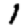
Digit: 1